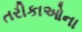
તરીકાઓના